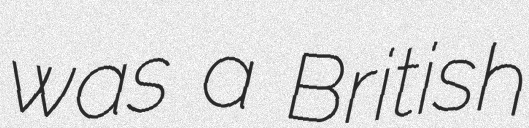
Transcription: was a British